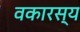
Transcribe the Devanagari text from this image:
वकारस्य